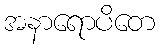
အနာရောပိတေ